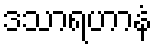
ဒသာရဟာနံ